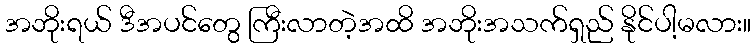
အဘိုးရယ် ဒီအပင်တွေ ကြီးလာတဲ့အထိ အဘိုးအသက်ရှည် နိုင်ပါ့မလား။